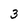
Character: 3